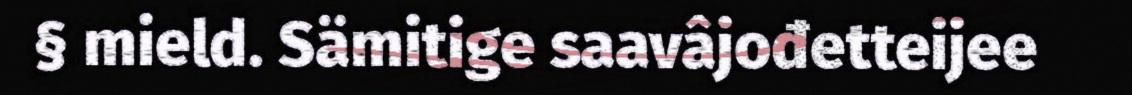
§ mield. Sämitige saavâjođetteijee